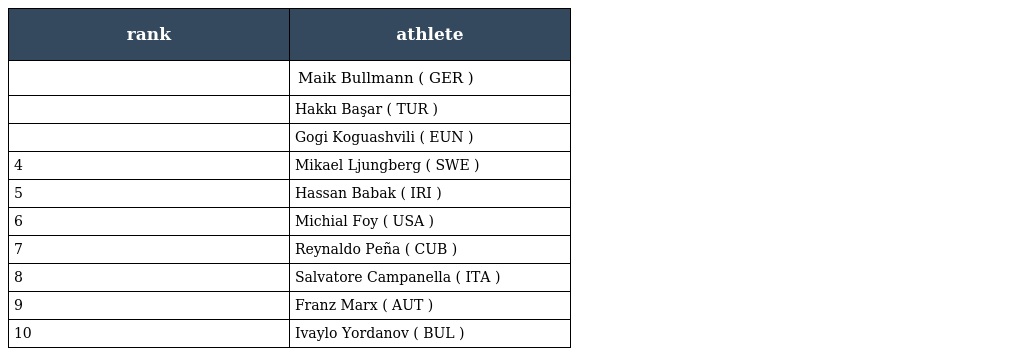
| rank | athlete |
 | --- | --- |
 |  | Maik Bullmann ( GER ) |
 |  | Hakkı Başar ( TUR ) |
 |  | Gogi Koguashvili ( EUN ) |
 | 4 | Mikael Ljungberg ( SWE ) |
 | 5 | Hassan Babak ( IRI ) |
 | 6 | Michial Foy ( USA ) |
 | 7 | Reynaldo Peña ( CUB ) |
 | 8 | Salvatore Campanella ( ITA ) |
 | 9 | Franz Marx ( AUT ) |
 | 10 | Ivaylo Yordanov ( BUL ) |